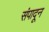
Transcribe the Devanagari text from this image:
संपादून